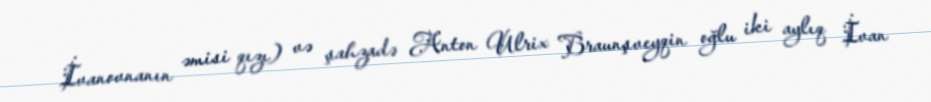
İvanovnanın əmisi qızı) və şahzadə Anton Ulrix Braunşveyqin oğlu iki aylıq İvan